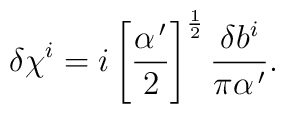
\delta\chi^i=i\left[\frac{\alpha^{\,\prime}}{2}\right]^{\frac12}\frac{\delta b^i}{\pi\alpha^{\,\prime}}.